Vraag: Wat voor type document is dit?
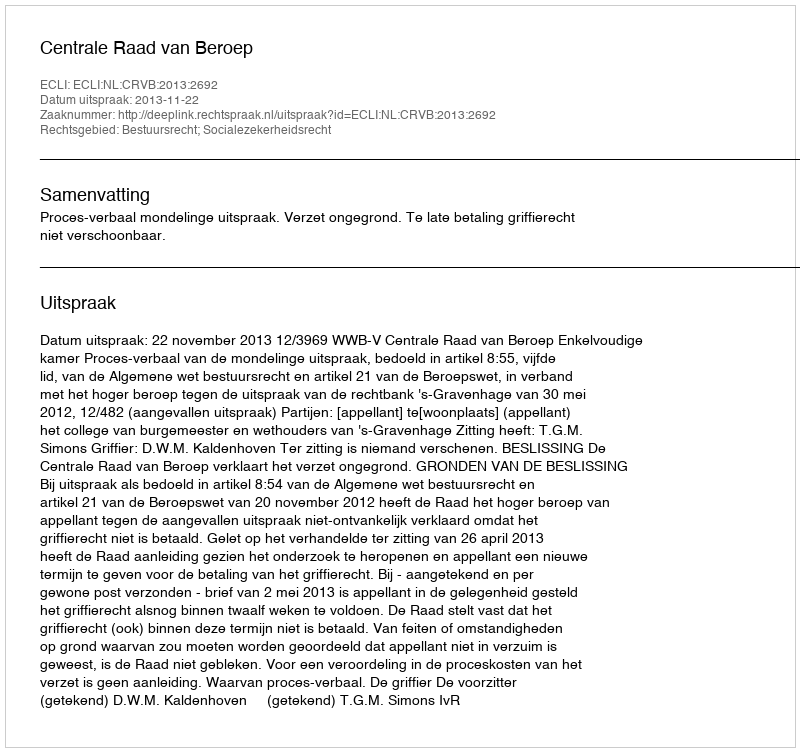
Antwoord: Uitspraak